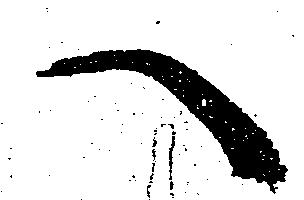
へ